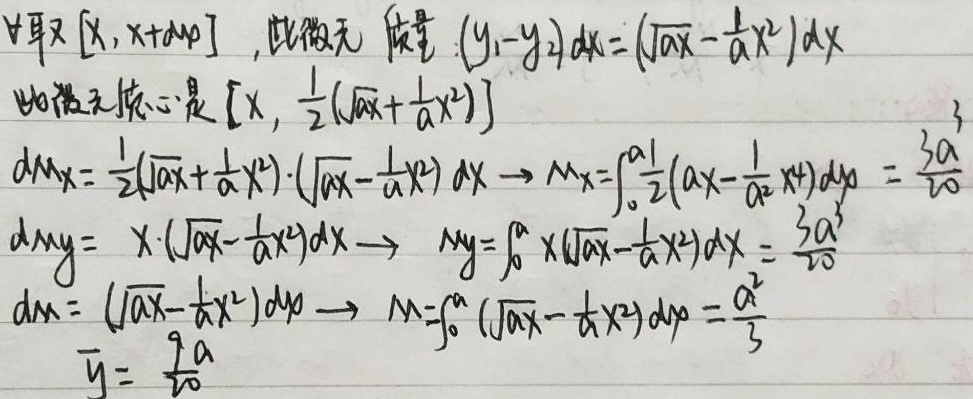
对于区间\([x,x + dx]\)，此微元质量为\((y_1 - y_2)dx = (\sqrt{ax} - \frac{1}{a}x^{2})dx\)，此微元质心是\([x,\frac{1}{2}(\sqrt{ax} + \frac{1}{a}x^{2})]\)。

\(dM_x = \frac{1}{2}(\sqrt{ax} + \frac{1}{a}x^{2})\cdot(\sqrt{ax} - \frac{1}{a}x^{2})dx\)，则\(M_x = \int_{0}^{a}\frac{1}{2}(ax - \frac{1}{a^{2}}x^{4})dx = \frac{3a^{3}}{20}\)。

\(dM_y = x\cdot(\sqrt{ax} - \frac{1}{a}x^{2})dx\)，则\(M_y = \int_{0}^{a}x(\sqrt{ax} - \frac{1}{a}x^{2})dx = \frac{3a^{3}}{20}\)。

\(dm = (\sqrt{ax} - \frac{1}{a}x^{2})dx\)，则\(M = \int_{0}^{a}(\sqrt{ax} - \frac{1}{a}x^{2})dx = \frac{a^{2}}{3}\)。

\(\overline{y} = \frac{9a}{20}\)